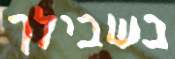
בשבילך